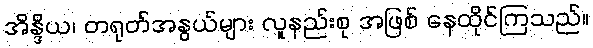
အိန္ဒိယ၊ တရုတ်အနွယ်များ လူနည်းစု အဖြစ် နေထိုင်ကြသည်။